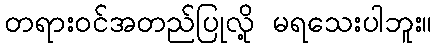
တရားဝင်အတည်ပြုလို့ မရသေးပါဘူး။